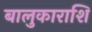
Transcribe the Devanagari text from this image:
बालुकाराशि